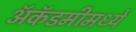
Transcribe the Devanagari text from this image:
अॅकॅडमीमध्ये